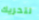
لتحريك